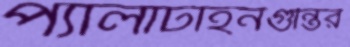
প্যালাটাইনগুন্তির